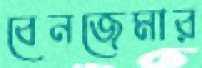
বেনজেমার